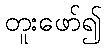
တူးဖော်၍